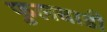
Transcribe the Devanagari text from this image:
फुलवाडी